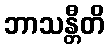
ဘာသန္တီတိ